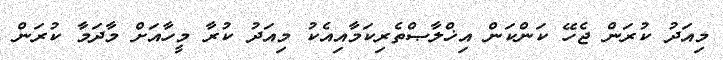
މިއަދު ކުރަން ޖެހޭ ކަންކަން އިޚްލާޞްތެރިކަމާއިއެކު މިއަދު ކުރާ މީހާއަށް މާދަމާ ކުރަން